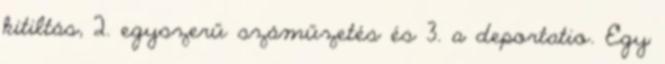
kitiltás, 2. egyszerű száműzetés és 3. a deportatio. Egy